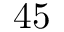
4 5